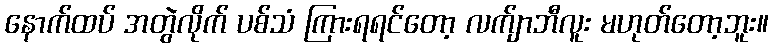
နောက်ထပ် အတွဲလိုက် ပစ်သံ ကြားရရင်တော့ လက်ျာဘီလူး မဟုတ်တော့ဘူး။